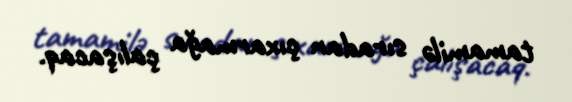
tamamilə sıradan çıxarmağa çalışacaq.